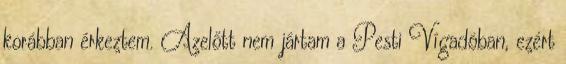
korábban érkeztem. Azelőtt nem jártam a Pesti Vígadóban, ezért